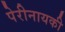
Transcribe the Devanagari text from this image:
पेरीनायकी